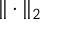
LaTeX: \| \cdot \| _ { 2 }